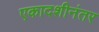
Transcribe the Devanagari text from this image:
एकादशीनंतर